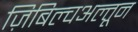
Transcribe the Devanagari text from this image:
ज़िबिल्चअल्तून